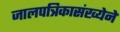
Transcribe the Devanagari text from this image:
जालपत्रिकासंख्येने